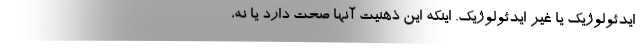
ایدئولوژیک یا غیر ایدئولوژیک. اینکه این ذهنیتِ آنها صحت دارد یا نه،